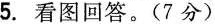
5.看图回答。(7分)